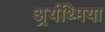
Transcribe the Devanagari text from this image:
अर्र्यथ्मिया